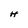
Character: H